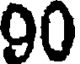
90